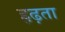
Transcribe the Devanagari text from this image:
हृढ़ता